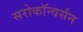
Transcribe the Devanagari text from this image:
सरोकॉन्वर्सन